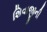
શિવાજીની